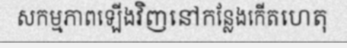
សកម្មភាពឡើងវិញនៅកន្លែងកើតហេតុ